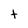
Character: t